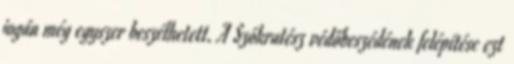
jogán még egyszer beszélhetett. A Szókratész védőbeszédének felépítése ezt